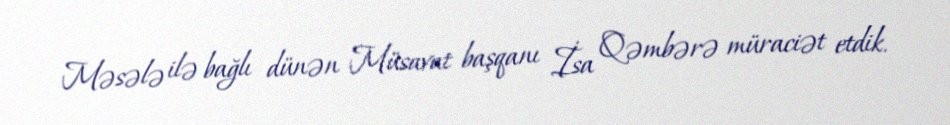
Məsələ ilə bağlı dünən Müsavat başqanı İsa Qəmbərə müraciət etdik.